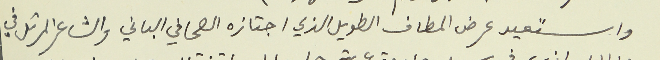
واستعيد عرض المطاف الطويل الذي اجتازه الصحافي الباني والشاعر المرتل في